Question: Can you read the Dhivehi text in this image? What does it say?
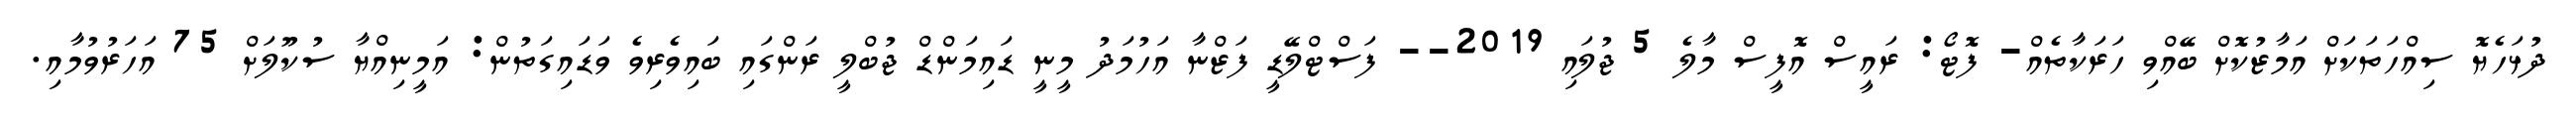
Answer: ދުޅަހެޔޮ ސިއްހަތަކަށް އަމާޒުކޮށް ބޭއްވި ހަރަކާތެއް- ފޮޓޯ: ރައީސް އޮފީސް މާލެ 5 ޖުލައި 2019-- ފަސްޓްލޭޑީ ފަޒްނާ އަހުމަދު މީނީ ޑައިމަންޑް ޖުބްލީ ރަންގައި ބައިވެރިވެ ވަޑައިގަތުން: އަމީނިއްޔާ ސުކޫލަށް 75 އަހަރުވުމާއި.